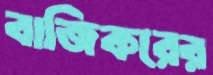
বাজিকরের